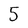
Character: 5